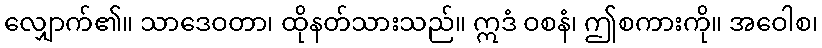
လျှောက်၏။ သာဒေဝတာ၊ ထိုနတ်သားသည်။ ဣဒံ ဝစနံ၊ ဤစကားကို။ အဝေါစ၊